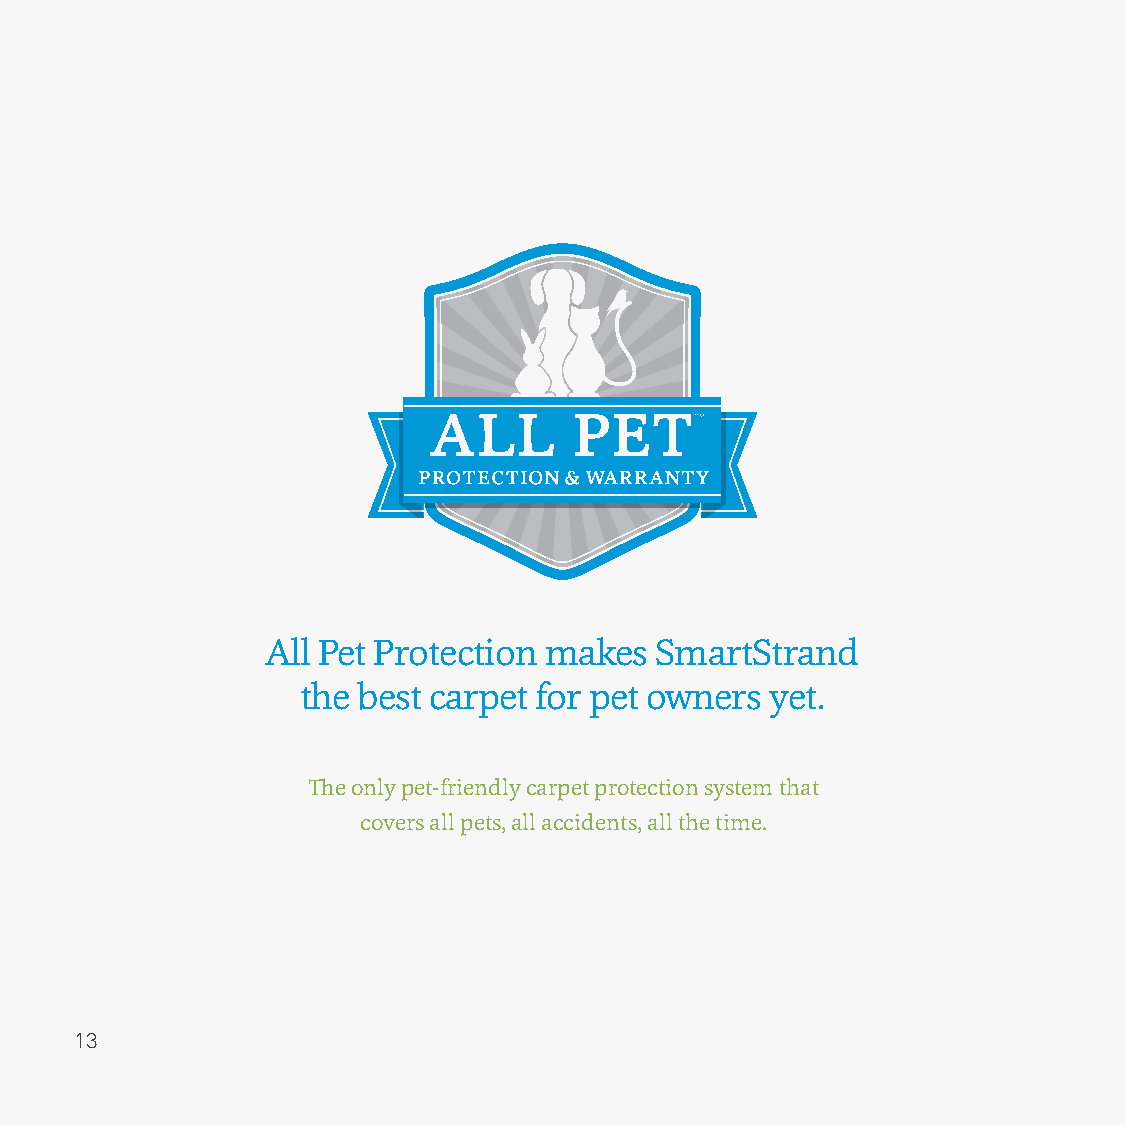
All Pet Protection makes SmartStrand
 the best carpet for pet owners yet.
 The only pet-friendly carpet protection system that
 covers all pets, all accidents, all the time.
 1133